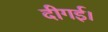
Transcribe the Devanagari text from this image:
दीगई।